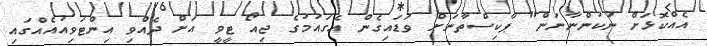
އެއްކޮޅަށް ނުކުންނާނަން" ޕާކިސްތާނަށް ވަޑައިގެން އެގައުމުގެ ޖިއޯ ޓީވީ އަށް ދެއްވި އިންޓަވިއުއެއްގައި